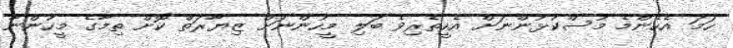
ހަމަ އެހެންމެ މުސްކުޅުންނަށް އެހީތެރިވެ ބަލި މީހުންނަށް ޒިޔާރަތް ކޮށް ތިމާގެ މީހުންނާ